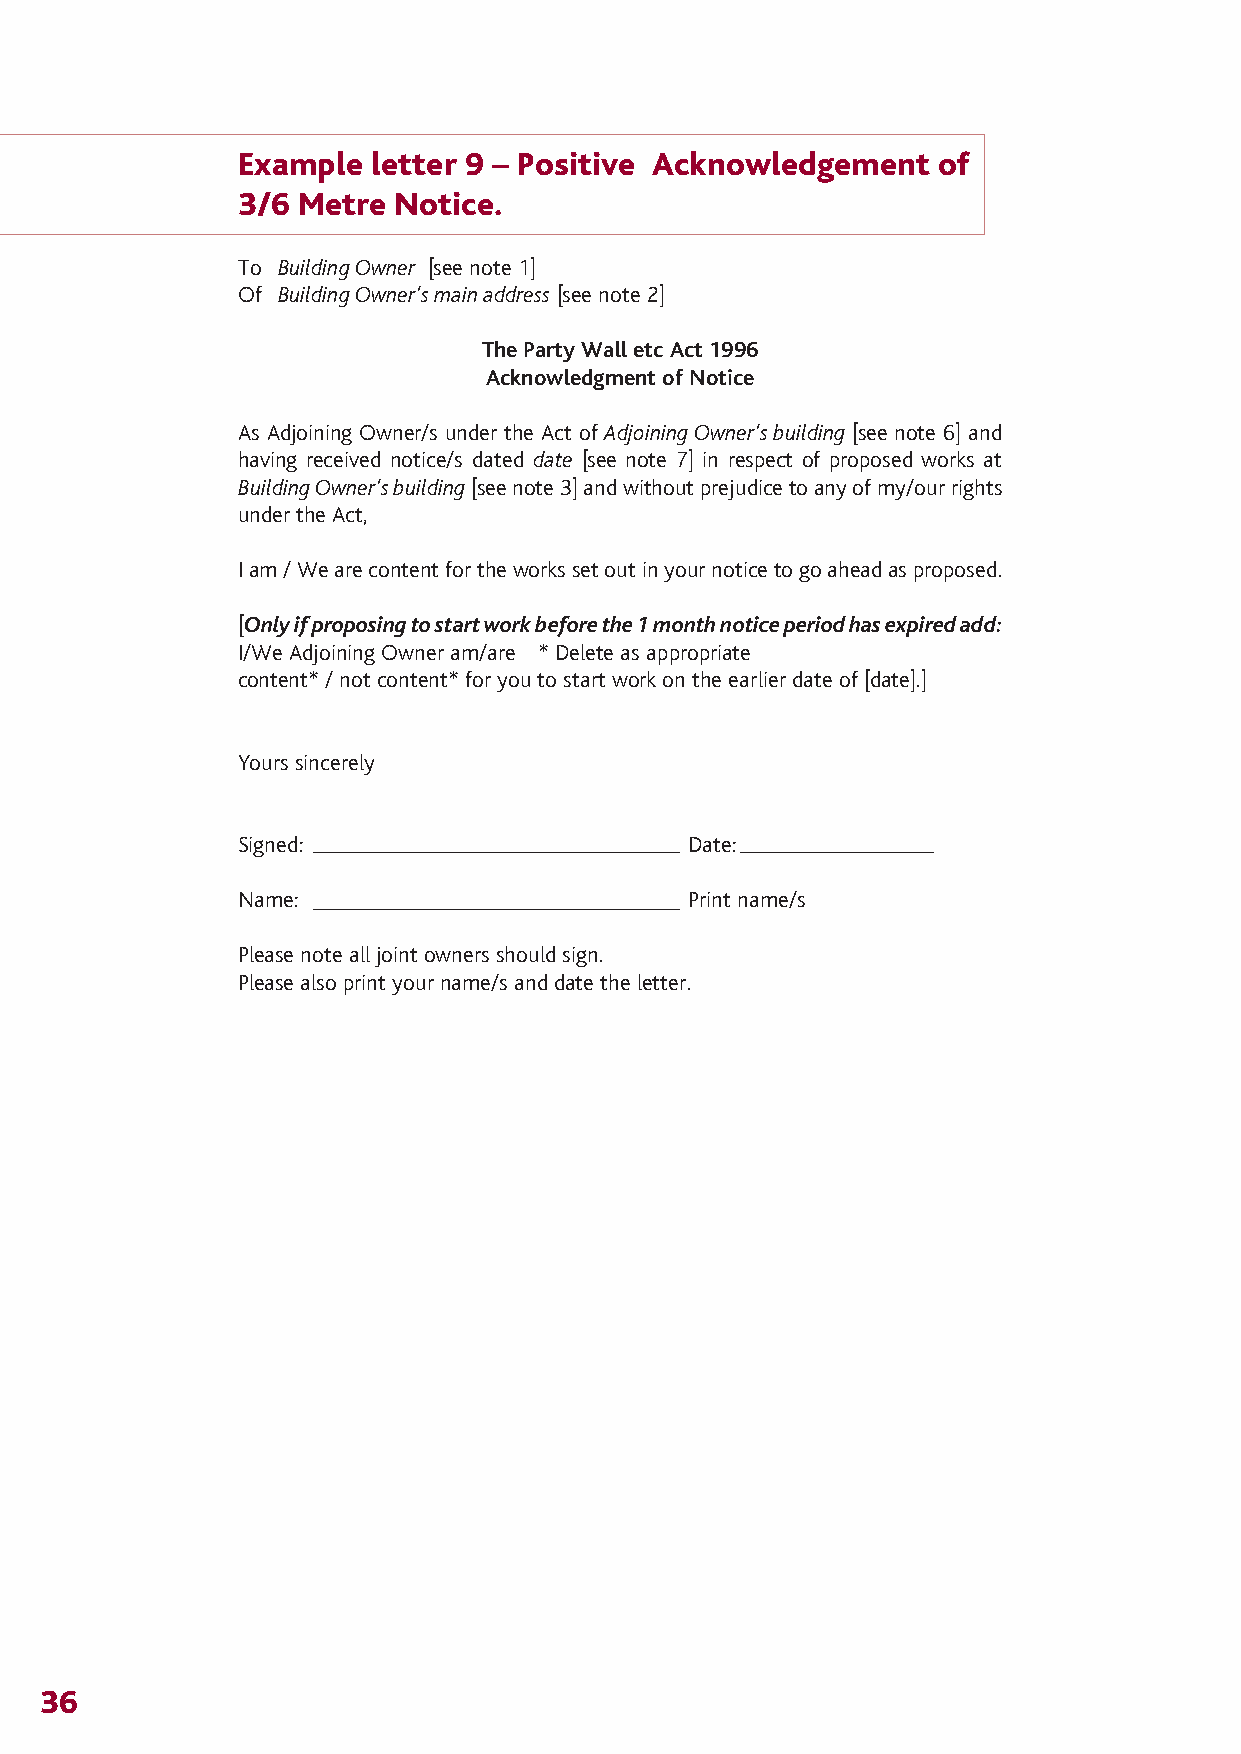
The Party Wall 12/4/07 14:28 Page 39
 Example letter 9 – Positive Acknowledgement   of
 3/6 Metre Notice.
 To Building Owner [see note 1]
 Of Building Owner’s main address [see note 2]
 The Party Wall etc Act 1996
 Acknowledgment of Notice
 As Adjoining Owner/s under the Act of Adjoining Owner’s building [see note 6] and
 having received notice/s dated date [see note 7] in respect of proposed works at
 Building Owner’s building[see note 3] and without prejudice to any of my/our rights
 under the Act,
 I am / We are content for the works set out in your notice to go ahead as proposed.
 [Only if proposing to start work before the 1 month notice period has expired add:
 I/We Adjoining Owner am/are * Delete as appropriate
 content* / not content* for you to start work on the earlier date of [date].]
 Yours sincerely
 Signed:                      Date:
 Name:                        Print name/s
 Please note all joint owners should sign.
 Please also print your name/s and date the letter.
 36